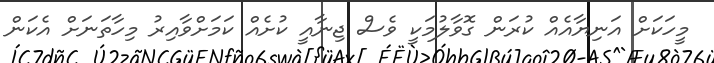
މީހަކަށް އަނިޔާއެއް ކުރަން ގޮވާލުމަކީ ވެސް ޖިނާއީ ކުށެއް ކަމަށްވާއިރު މިހާތަނަށް އެކަން